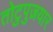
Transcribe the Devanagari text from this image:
तोटुपुज़यार